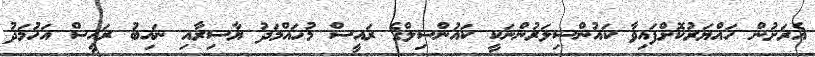
އެރަށުން ހައްޔަރުކޮށްފައިވާ ކައުންސިލަރުންނަކީ ކައުންސިލްގެ ރައީސް މުހައްމަދު ޔާސިރާއި ނައިބު ރައީސް އަހުމަދު